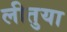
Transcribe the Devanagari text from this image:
लीतुया